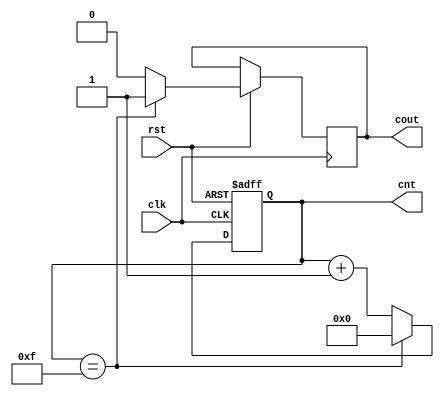
//  mod n 
// @para cnt_bits 3
// @para cnt_max 
module counter_mod_n #(parameter cnt_bits = 3 , parameter cnt_max = 15)(
    input wire clk,
    input wire rst,

    // load cnt data 
    // input wire load_n, // load data 
    // input wire [load_bits:0] load_data,

    output reg [cnt_bits:0] cnt, // TODO cnt #(parameter)
    output reg cout
);



always @(posedge clk or negedge rst) begin
    if(~rst) begin
        cnt <= 0;
    end 
    else begin
        cnt <= (cnt == cnt_max) ? 0 : cnt + 1'b1;
        cout <= (cnt == cnt_max) ? 1 : 0;
    end

end


// assign cout = (cnt == cnt_max) ? 1:0; //bug clkcout2 

endmodule